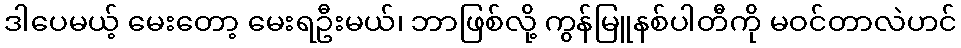
ဒါပေမယ့် မေးတော့ မေးရဦးမယ်၊ ဘာဖြစ်လို့ ကွန်မြူနစ်ပါတီကို မဝင်တာလဲဟင်